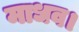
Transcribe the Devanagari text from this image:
माधव।